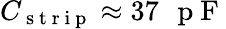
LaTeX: {C_{\mathrm{~s~t~r~i~p~}}\approx 37\mathrm{~\, ~p~F~}}